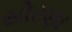
સોરણા